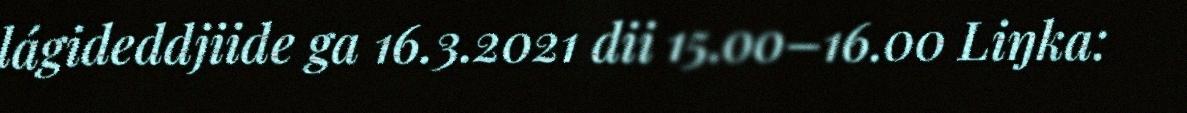
lágideddjiide ga 16.3.2021 dii 15.00–16.00 Liŋka: